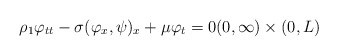
\begin{align*}\rho_{1} \varphi_{tt} - \sigma(\varphi_{x}, \psi)_{x} + \mu \varphi_{t} = 0 (0, \infty) \times (0, L) \end{align*}